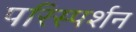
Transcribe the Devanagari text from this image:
परिस्‍पर्शन